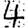
Digit: 4